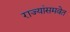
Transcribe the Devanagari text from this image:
राज्यांसमवेत